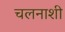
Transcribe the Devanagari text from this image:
चलनाशी